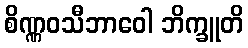
စိဏ္ဏဝသီဘာဝေါ ဘိက္ခူတိ